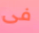
فى